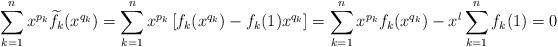
LaTeX: \begin{align*} \sum_{k=1}^{n}x^{p_{k}}\widetilde{f_{k}}(x^{q_{k}})= \sum_{k=1}^{n}x^{p_{k}}\left[f_{k}(x^{q_{k}})-f_{k}(1) x^{q_{k}} \right]= \sum_{k=1}^{n}x^{p_{k}}f_{k}(x^{q_{k}})-x^{l}\sum_{k=1}^{n}f_{k}(1)=0\end{align*}